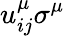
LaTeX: u_{ij}^{\mu}\sigma^{\mu}